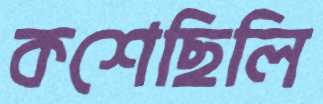
কশেছিলি